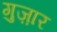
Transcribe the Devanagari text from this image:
गुज़़ार